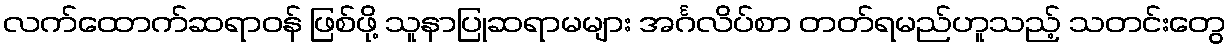
လက်ထောက်ဆရာဝန် ဖြစ်ဖို့ သူနာပြုဆရာမများ အင်္ဂလိပ်စာ တတ်ရမည်ဟူသည့် သတင်းတွေ